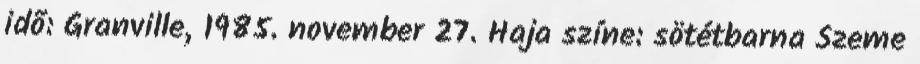
idõ: Granville, 1985. november 27. Haja színe: sötétbarna Szeme